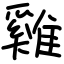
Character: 雞